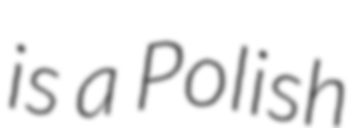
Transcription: is a Polish